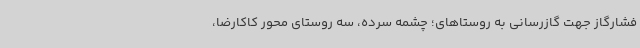
فشارگاز جهت گازرسانی به روستاهای؛ چشمه سرده، سه روستای محور کاکارضا،